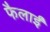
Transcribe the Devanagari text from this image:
फैलाईं